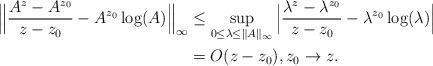
LaTeX: \begin{align*} \Big\|\frac{A^z-A^{z_0}}{z-z_0}-A^{z_0}\log(A)\Big\|_{\infty} &\leq \sup_{0\leq \lambda\leq\|A\|_{\infty}}\Big|\frac{\lambda^z-\lambda^{z_0}}{z-z_0}-\lambda^{z_0}\log(\lambda)\Big|\\ &= O(z-z_0),z_0\to z. \end{align*}